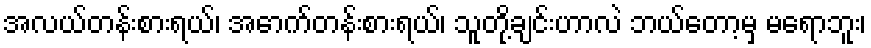
အလယ်တန်းစားရယ်၊ အောက်တန်းစားရယ်၊ သူတို့ချင်းဟာလဲ ဘယ်တော့မှ မရောဘူး၊